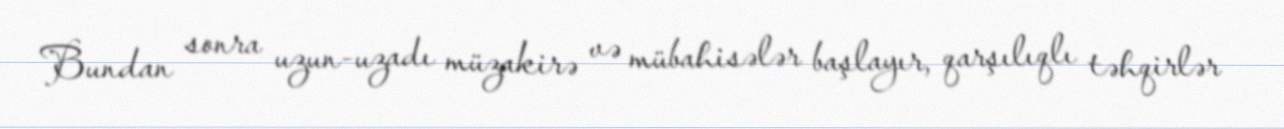
Bundan sonra uzun-uzadı müzakirə və mübahisələr başlayır, qarşılıqlı təhqirlər